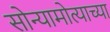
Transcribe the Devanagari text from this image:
सोन्यामोत्याच्या